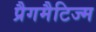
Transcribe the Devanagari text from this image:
प्रैगमैटिज्म